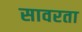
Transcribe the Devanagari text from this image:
सावरता